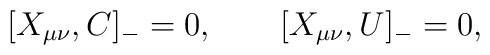
[X_{\mu\nu},C]_- = 0, \qquad[X_{\mu\nu},U]_- = 0,